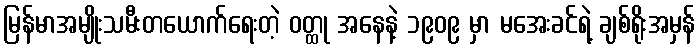
မြန်မာအမျိုးသမီးတယောက်ရေးတဲ့ ဝတ္ထု အနေနဲ့ ၁၉၀၉ မှာ မအေးခင်ရဲ့ ချစ်ရိုးအမှန်